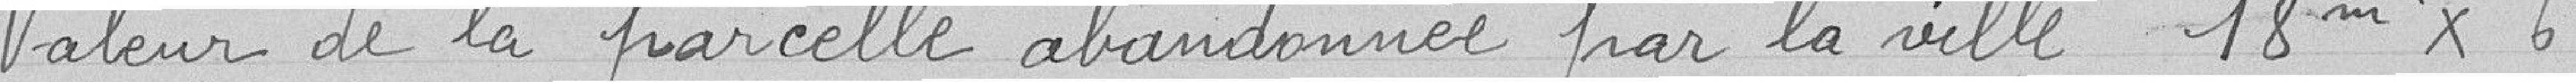
Valeur de la parcelle abandonnée par la ville 18 mètres carrés x 6 francs = 108